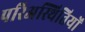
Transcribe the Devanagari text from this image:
परिअस्थितियों